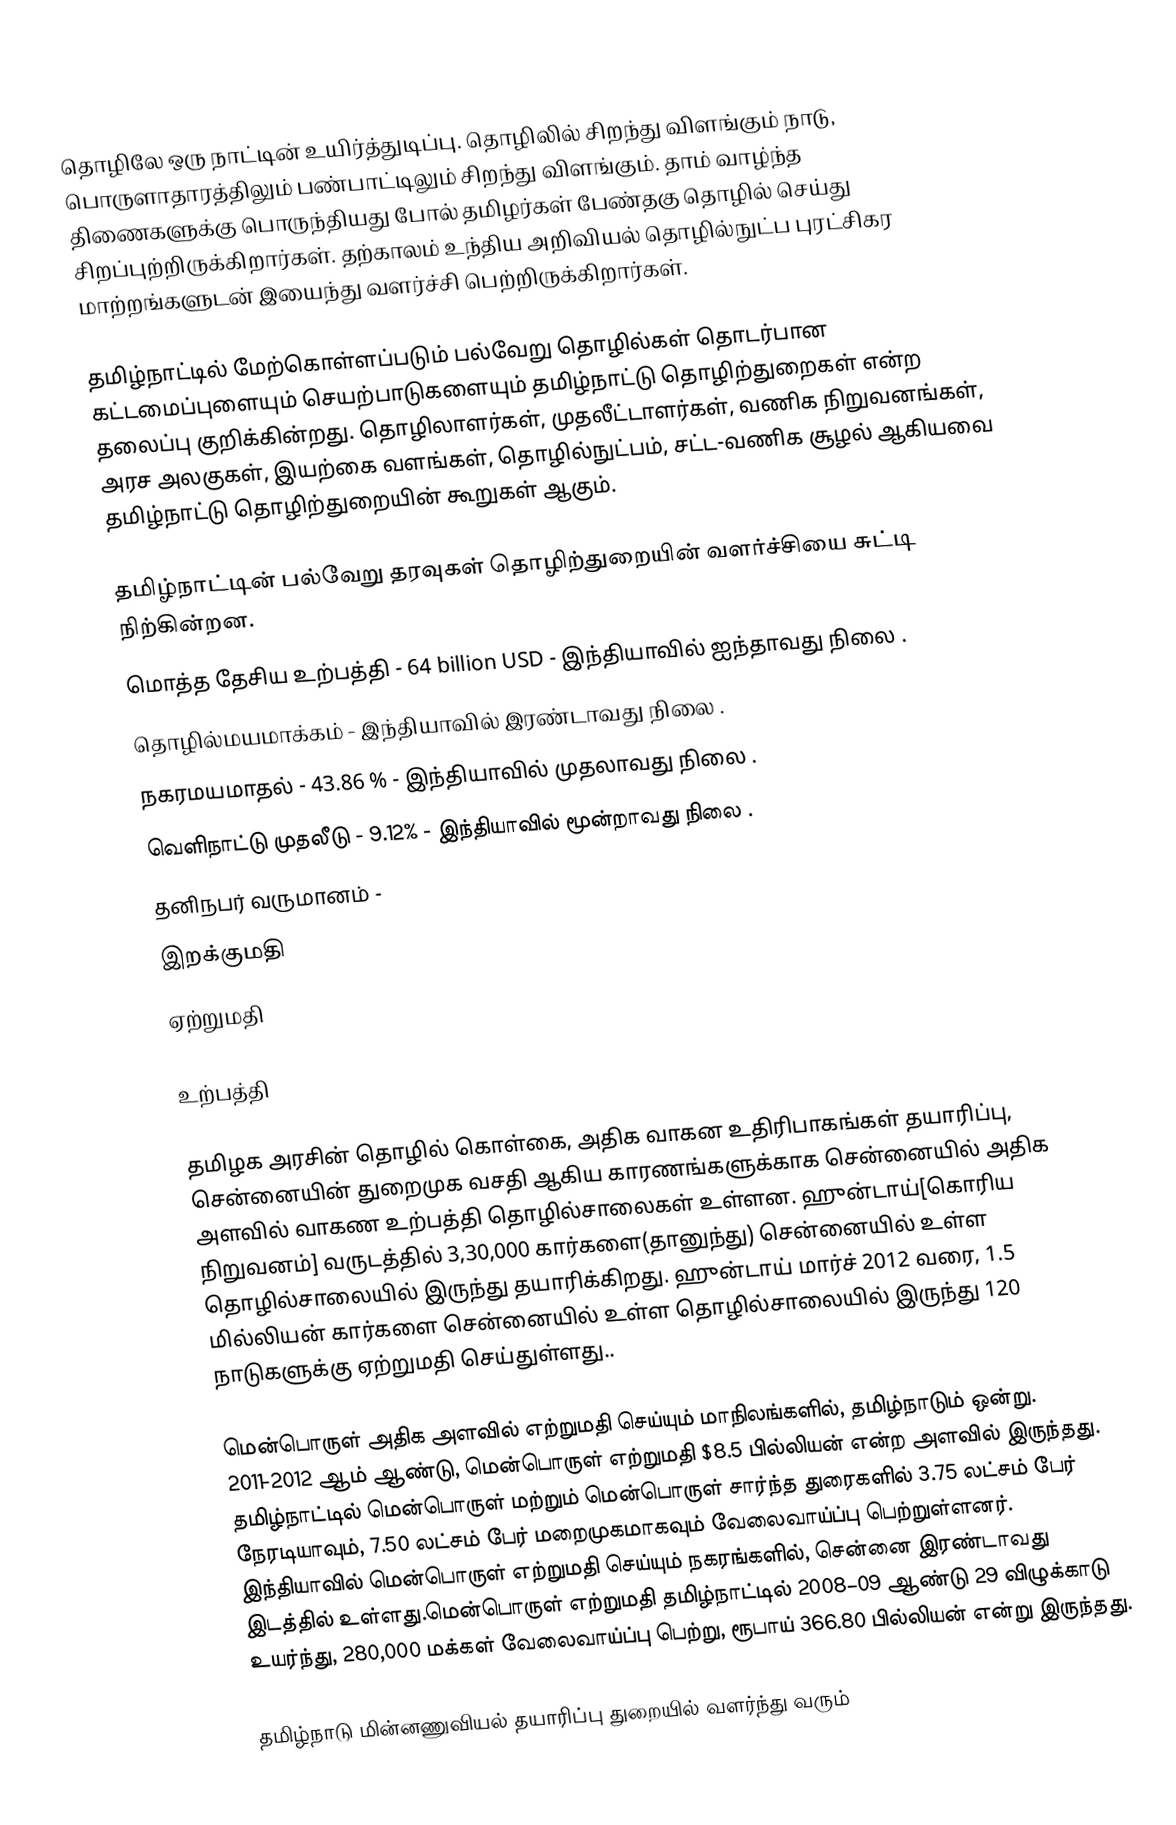
தொழிலே ஒரு நாட்டின் உயிர்த்துடிப்பு.  தொழிலில் சிறந்து விளங்கும் நாடு, பொருளாதாரத்திலும் பண்பாட்டிலும் சிறந்து விளங்கும்.  தாம் வாழ்ந்த திணைகளுக்கு பொருந்தியது போல் தமிழர்கள் பேண்தகு தொழில் செய்து சிறப்புற்றிருக்கிறார்கள்.  தற்காலம் உந்திய அறிவியல் தொழில்நுட்ப புரட்சிகர மாற்றங்களுடன் இயைந்து வளர்ச்சி பெற்றிருக்கிறார்கள்.

தமிழ்நாட்டில் மேற்கொள்ளப்படும் பல்வேறு தொழில்கள் தொடர்பான கட்டமைப்புளையும் செயற்பாடுகளையும் தமிழ்நாட்டு தொழிற்துறைகள் என்ற தலைப்பு குறிக்கின்றது.  தொழிலாளர்கள், முதலீட்டாளர்கள், வணிக நிறுவனங்கள், அரச அலகுகள், இயற்கை வளங்கள், தொழில்நுட்பம், சட்ட-வணிக சூழல் ஆகியவை தமிழ்நாட்டு தொழிற்துறையின் கூறுகள் ஆகும்.

தமிழ்நாட்டின் பல்வேறு தரவுகள் தொழிற்துறையின் வளர்ச்சியை சுட்டி நிற்கின்றன.
 மொத்த தேசிய உற்பத்தி - 64 billion USD - இந்தியாவில் ஐந்தாவது நிலை .
 தொழில்மயமாக்கம் - இந்தியாவில் இரண்டாவது நிலை .
 நகரமயமாதல் - 43.86 % - இந்தியாவில் முதலாவது நிலை .
 வெளிநாட்டு முதலீடு -  9.12% - இந்தியாவில் மூன்றாவது நிலை .
 தனிநபர் வருமானம் -
 இறக்குமதி
 ஏற்றுமதி

உற்பத்தி

தமிழக அரசின் தொழில் கொள்கை, அதிக வாகன உதிரிபாகங்கள் தயாரிப்பு, சென்னையின் துறைமுக வசதி ஆகிய காரணங்களுக்காக சென்னையில் அதிக அளவில் வாகண உற்பத்தி தொழில்சாலைகள் உள்ளன. ஹுன்டாய்[கொரிய நிறுவனம்] வருடத்தில் 3,30,000 கார்களை(தானுந்து) சென்னையில் உள்ள தொழில்சாலையில் இருந்து தயாரிக்கிறது. ஹுன்டாய் மார்ச் 2012 வரை, 1.5 மில்லியன் கார்களை சென்னையில் உள்ள தொழில்சாலையில் இருந்து 120 நாடுகளுக்கு ஏற்றுமதி செய்துள்ளது..

மென்பொருள் அதிக அளவில் எற்றுமதி செய்யும் மாநிலங்களில், தமிழ்நாடும் ஒன்று. 2011-2012 ஆம் ஆண்டு, மென்பொருள் எற்றுமதி   $8.5 பில்லியன் என்ற அளவில் இருந்தது. தமிழ்நாட்டில் மென்பொருள் மற்றும் மென்பொருள் சார்ந்த துரைகளில் 3.75 லட்சம் பேர் நேரடியாவும், 7.50 லட்சம் பேர் மறைமுகமாகவும் வேலைவாய்ப்பு பெற்றுள்ளனர். இந்தியாவில் மென்பொருள் எற்றுமதி செய்யும் நகரங்களில், சென்னை இரண்டாவது இடத்தில் உள்ளது.மென்பொருள் எற்றுமதி தமிழ்நாட்டில் 2008–09 ஆண்டு 29 விழுக்காடு உயர்ந்து, 280,000 மக்கள் வேலைவாய்ப்பு பெற்று, ரூபாய் 366.80 பில்லியன் என்று இருந்தது.

தமிழ்நாடு மின்னணுவியல் தயாரிப்பு துறையில் வளர்ந்து வரும்